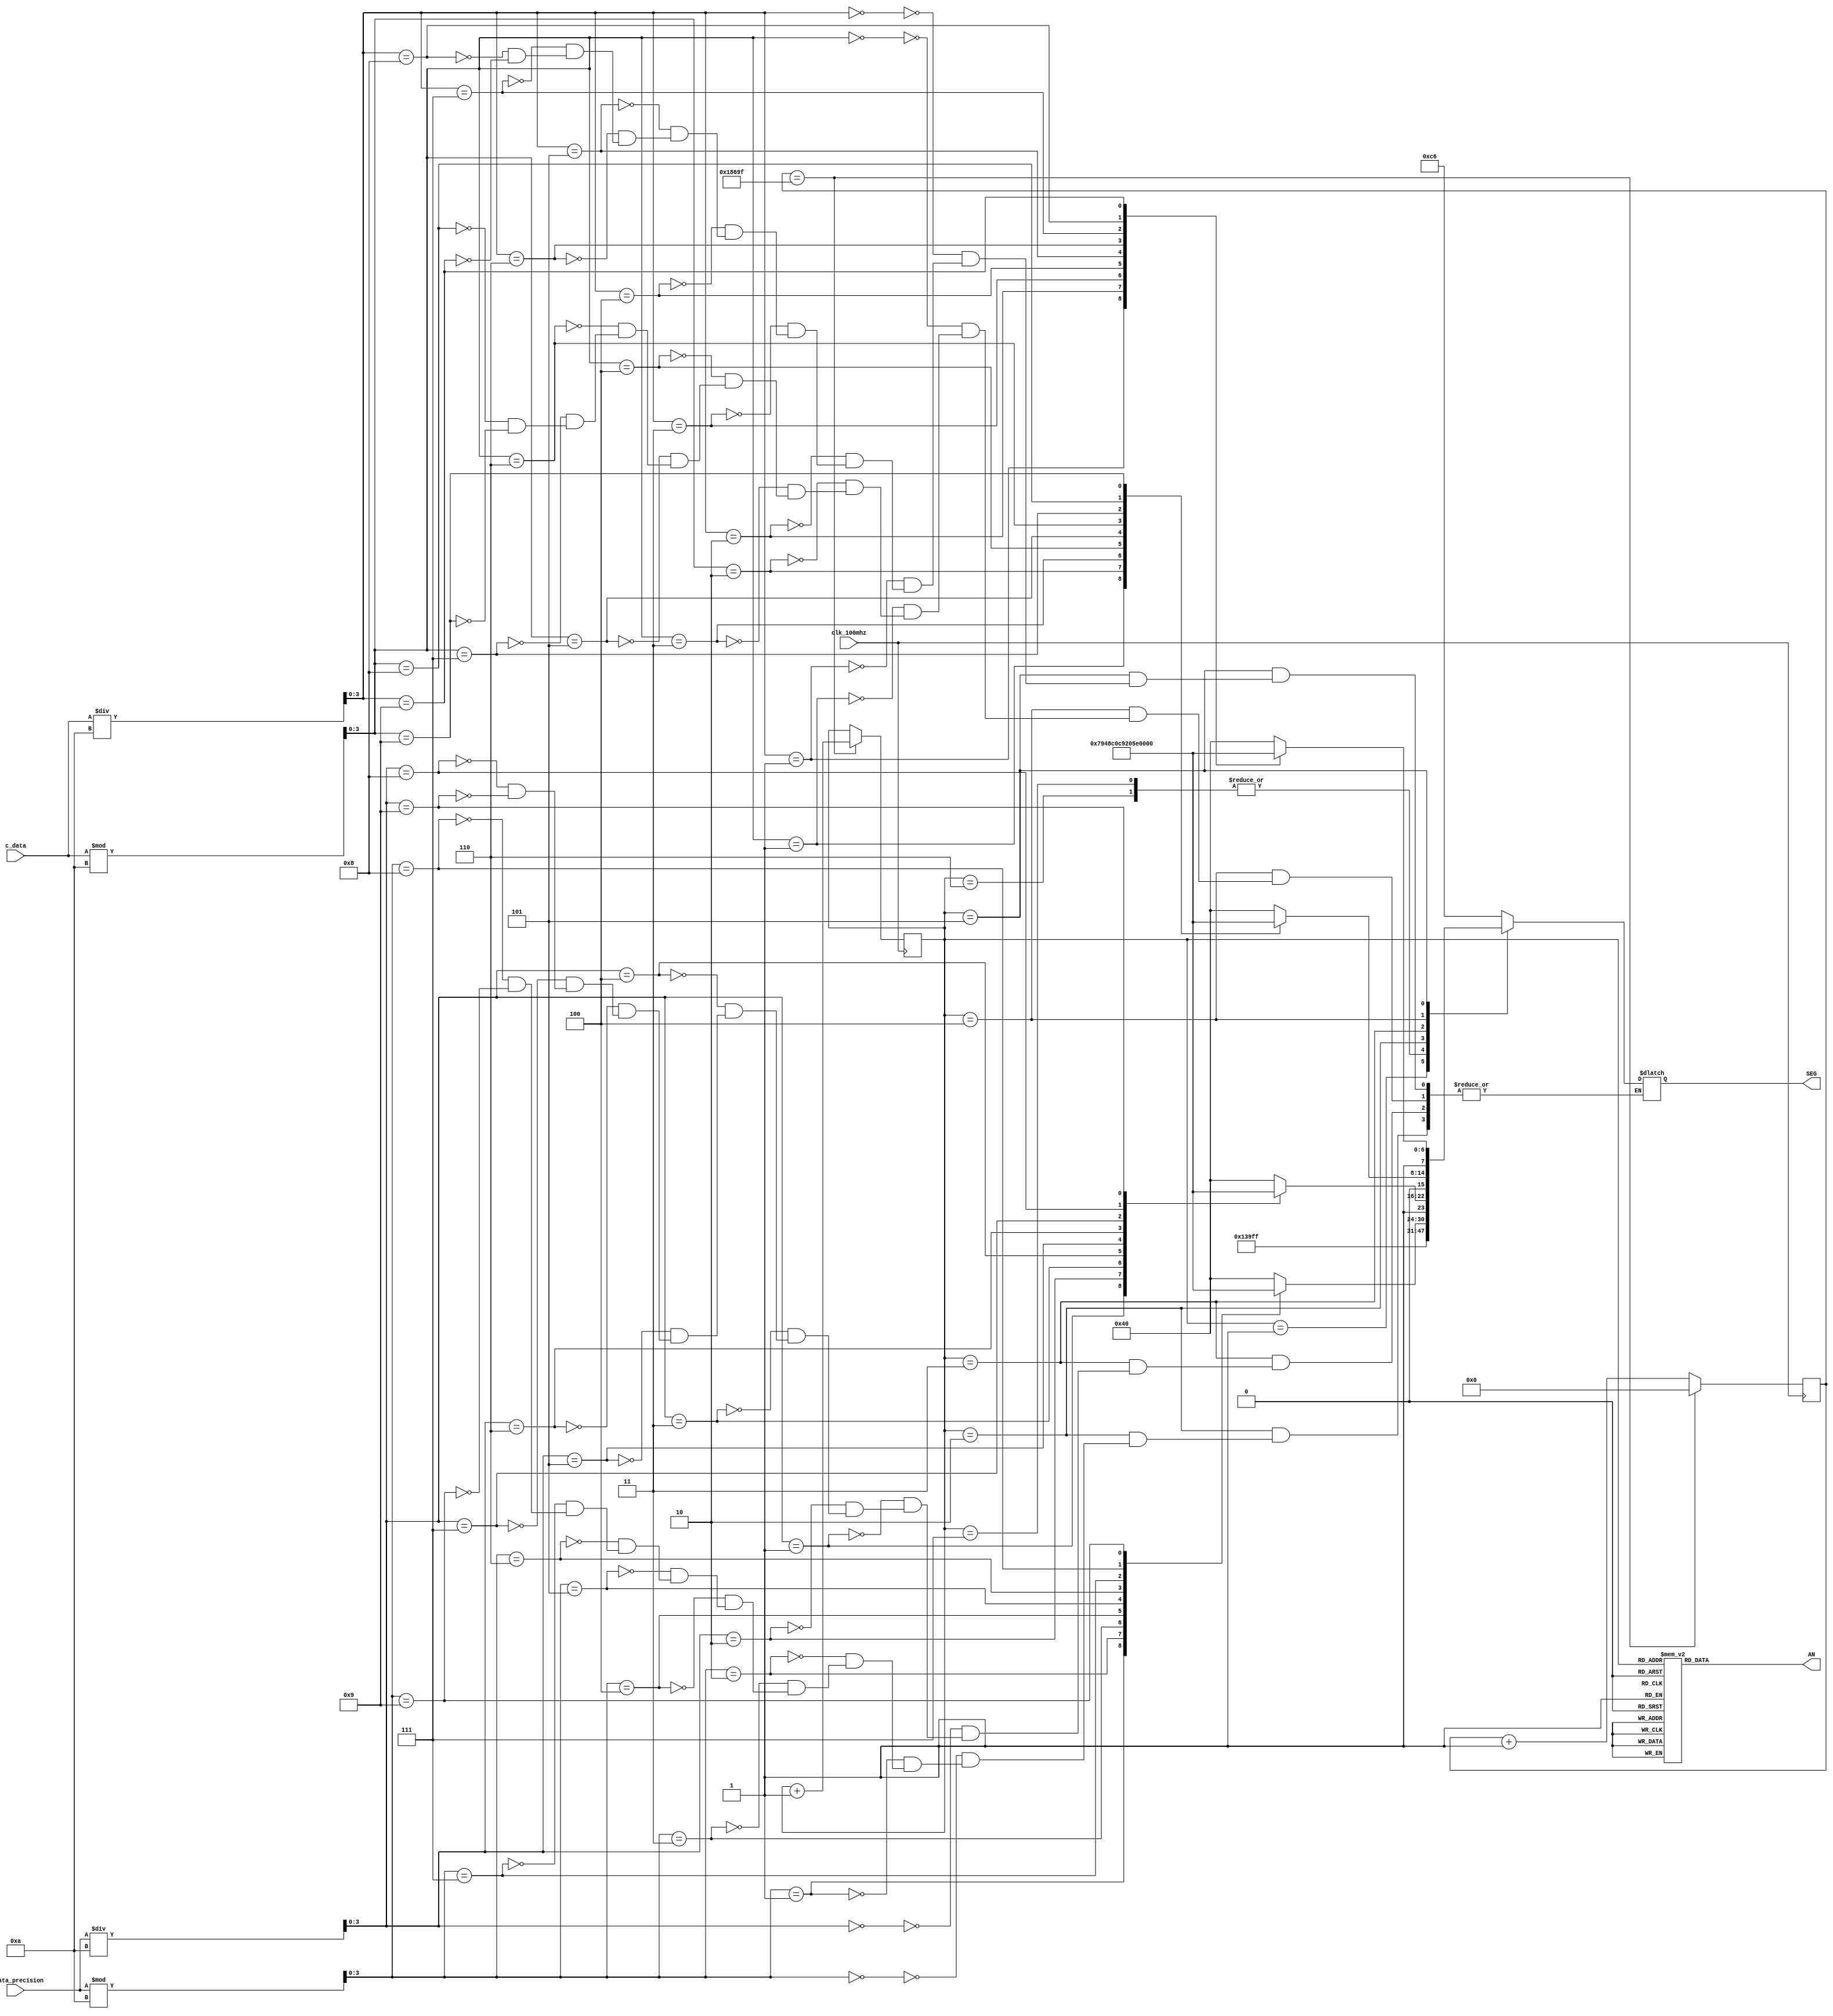
module seg7c(
    input clk_100mhz,
    input [7:0] c_data,
    input [7:0] c_data_precision,
    output reg [7:0] SEG,
    output reg [7:0] AN
);
    wire [3:0] c_tens, c_ones;
    assign c_tens = c_data / 10;
    assign c_ones = c_data % 10;
    
    wire [3:0] c_prec_tens, c_prec_ones;
    assign c_prec_tens = c_data_precision / 10;
    assign c_prec_ones = c_data_precision % 10;

    parameter ZERO  = 7'b100_0000;  
    parameter ONE   = 7'b111_1001;  
    parameter TWO   = 7'b010_0100;  
    parameter THREE = 7'b011_0000;  
    parameter FOUR  = 7'b001_1001;  
    parameter FIVE  = 7'b001_0010;
    parameter SIX   = 7'b000_0010;
    parameter SEVEN = 7'b111_1000;
    parameter EIGHT = 7'b000_0000;
    parameter NINE  = 7'b001_0000;
    parameter DEG   = 7'b001_1100;
    parameter C     = 7'b100_0110;
    
    reg [2:0] anode_select;
    reg [16:0] anode_timer;
    
    always @(posedge clk_100mhz) begin
        if(anode_timer == 99_999) begin
            anode_timer <= 0;
            anode_select <=  anode_select + 1;
        end
        else
            anode_timer <=  anode_timer + 1;
    end
    
    always @(anode_select) begin
        case(anode_select) 
            3'o0 : AN = 8'b1111_1110;
            3'o1 : AN = 8'b1111_1101;
            3'o2 : AN = 8'b1111_1011;
            3'o3 : AN = 8'b1111_0111;
            3'o4 : AN = 8'b1110_1111;
            3'o5 : AN = 8'b1101_1111;
            3'o6 : AN = 8'b1011_1111;
            3'o7 : AN = 8'b0111_1111;
        endcase
    end
    
    always @*
        case(anode_select)
            3'o0: SEG = {1'b1, C};
            3'o1: SEG = {1'b1, DEG};
            3'o6: SEG = 8'b1111_1111;
            3'o7: SEG = 8'b1111_1111;
            3'o2: begin
                case (c_prec_ones)
                    4'b0000 : SEG = {1'b1, ZERO};
                                    4'b0001 : SEG = {1'b1, ONE};
                                    4'b0010 : SEG = {1'b1, TWO};
                                    4'b0011 : SEG = {1'b1, THREE};
                                    4'b0100 : SEG = {1'b1, FOUR};
                                    4'b0101 : SEG = {1'b1, FIVE};
                                    4'b0110 : SEG = {1'b1, SIX};
                                    4'b0111 : SEG = {1'b1, SEVEN};
                                    4'b1000 : SEG = {1'b1, EIGHT};
                                    4'b1001 : SEG = {1'b1, NINE};
                endcase
            end
            3'o3: begin
                case (c_prec_tens)
                    4'b0000 : SEG = {1'b1, ZERO};
                                    4'b0001 : SEG = {1'b1, ONE};
                                    4'b0010 : SEG = {1'b1, TWO};
                                    4'b0011 : SEG = {1'b1, THREE};
                                    4'b0100 : SEG = {1'b1, FOUR};
                                    4'b0101 : SEG = {1'b1, FIVE};
                                    4'b0110 : SEG = {1'b1, SIX};
                                    4'b0111 : SEG = {1'b1, SEVEN};
                                    4'b1000 : SEG = {1'b1, EIGHT};
                                    4'b1001 : SEG = {1'b1, NINE};
                endcase
            end
            3'o4: begin
                case(c_ones)
                    4'b0000 : SEG = {1'b0, ZERO};
                    4'b0001 : SEG = {1'b0, ONE};
                    4'b0010 : SEG = {1'b0, TWO};
                    4'b0011 : SEG = {1'b0, THREE};
                    4'b0100 : SEG = {1'b0, FOUR};
                    4'b0101 : SEG = {1'b0, FIVE};
                    4'b0110 : SEG = {1'b0, SIX};
                    4'b0111 : SEG = {1'b0, SEVEN};
                    4'b1000 : SEG = {1'b0, EIGHT};
                    4'b1001 : SEG = {1'b0, NINE};
                endcase
            end
            3'o5: begin
                case(c_tens)
                    4'b0000 : SEG = {1'b1, ZERO};
                    4'b0001 : SEG = {1'b1, ONE};
                    4'b0010 : SEG = {1'b1, TWO};
                    4'b0011 : SEG = {1'b1, THREE};
                    4'b0100 : SEG = {1'b1, FOUR};
                    4'b0101 : SEG = {1'b1, FIVE};
                    4'b0110 : SEG = {1'b1, SIX};
                    4'b0111 : SEG = {1'b1, SEVEN};
                    4'b1000 : SEG = {1'b1, EIGHT};
                    4'b1001 : SEG = {1'b1, NINE};
                endcase
            end
        endcase
endmodule